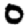
Digit: 0